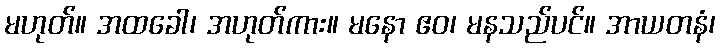
မဟုတ်။ အထခေါ၊ အဟုတ်ကား။ မနော ဧဝ၊ မနသည်ပင်။ အာယတနံ၊